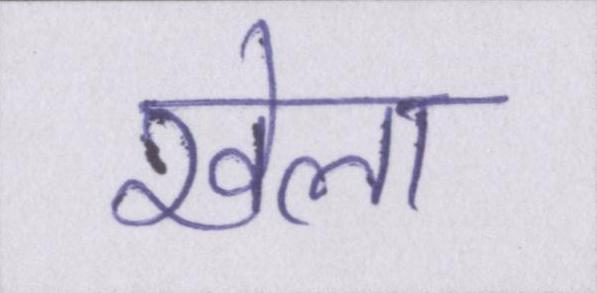
खेला